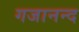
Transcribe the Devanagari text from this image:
गजानन्द